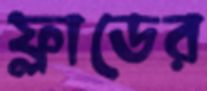
ফ্লাডের